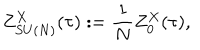
LaTeX: Z _ { S U ( N ) } ^ { X } ( \tau ) : = \frac { 1 } { N } Z _ { 0 } ^ { X } ( \tau ) ,